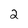
Character: 2